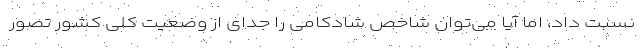
نسبت داد، اما آیا می‌توان شاخص شادکامی را جدای از وضعیت کلی کشور تصور